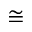
\cong